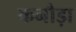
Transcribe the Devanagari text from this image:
कनौड़ा